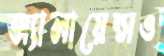
অ্যালায়েন্সও